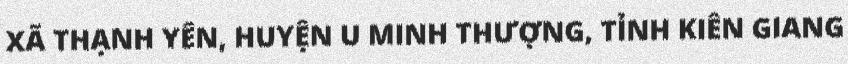
XÃ THẠNH YÊN, HUYỆN U MINH THƯỢNG, TỈNH KIÊN GIANG